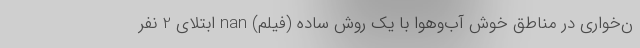
ن‌خواری در مناطق خوش آب‌و‌هوا با یک روش ساده (فیلم) nan ابتلای 2 نفر